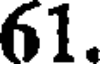
61.